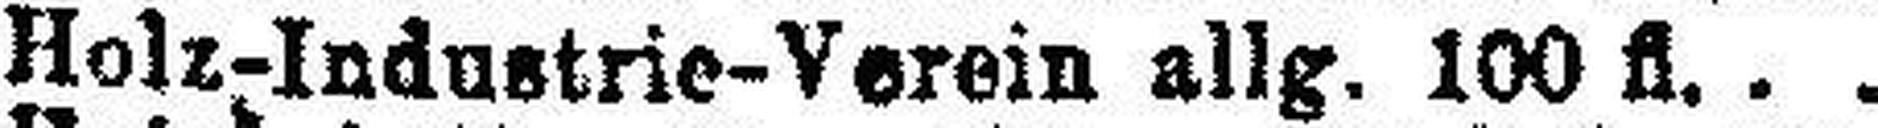
Holz-Industrie-Verein allg. 100 fl.